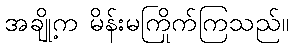
အချို့က မိန်းမကြိုက်ကြသည်။